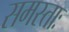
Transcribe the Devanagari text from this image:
समस्ताः